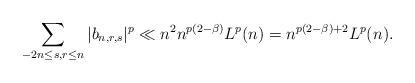
LaTeX: \begin{align*}\sum_{-2n\le s, r\le n}|b_{n,r,s}|^p\ll n^2n^{p(2-\beta)}L^p(n)=n^{p(2-\beta)+2}L^p(n).\end{align*}